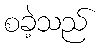
စခဲ့သည်